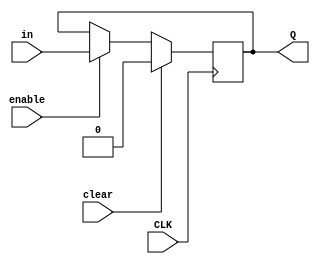
module OneBitRegister (
 input in,
 input CLK,
 input clear,
 input enable,
 output reg Q
);

wire  out;

//FlipFlop first(.D(in), .CLK(CLK), .Q(out));

always @(posedge CLK) begin

 if (clear == 1)begin
  Q <= 1'b0;
end
 else if (enable)begin
  Q <= in;
end
end

endmodule